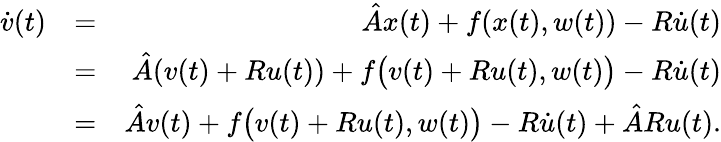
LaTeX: \begin{array}{rlr}{\dot{v}(t)}&{=}&{\hat{A}x(t)+f(x(t),w(t))-R\dot{u}(t)}\\ &{=}&{\hat{A}(v(t)+Ru(t))+f\big(v(t)+Ru(t),w(t)\big)-R\dot{u}(t)}\\ &{=}&{\hat{A}v(t)+f\big(v(t)+Ru(t),w(t)\big)-R\dot{u}(t)+\hat{A}Ru(t).}\end{array}